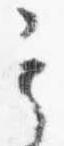
其